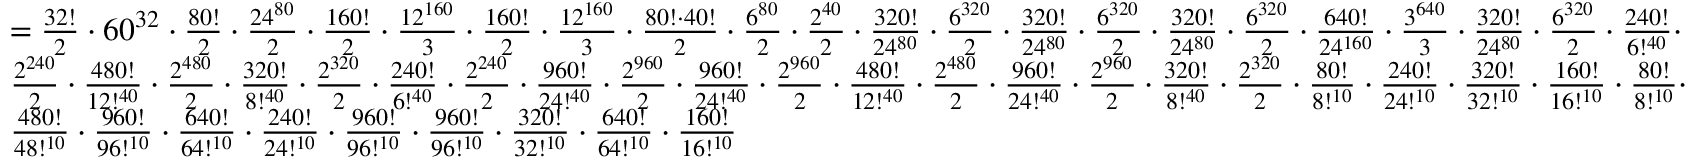
{ \begin{array} { l } { = { \frac { 3 2 ! } { 2 } } \cdot 6 0 ^ { 3 2 } \cdot { \frac { 8 0 ! } { 2 } } \cdot { \frac { 2 4 ^ { 8 0 } } { 2 } } \cdot { \frac { 1 6 0 ! } { 2 } } \cdot { \frac { 1 2 ^ { 1 6 0 } } { 3 } } \cdot { \frac { 1 6 0 ! } { 2 } } \cdot { \frac { 1 2 ^ { 1 6 0 } } { 3 } } \cdot { \frac { 8 0 ! \cdot 4 0 ! } { 2 } } \cdot { \frac { 6 ^ { 8 0 } } { 2 } } \cdot { \frac { 2 ^ { 4 0 } } { 2 } } \cdot { \frac { 3 2 0 ! } { 2 4 ^ { 8 0 } } } \cdot { \frac { 6 ^ { 3 2 0 } } { 2 } } \cdot { \frac { 3 2 0 ! } { 2 4 ^ { 8 0 } } } \cdot { \frac { 6 ^ { 3 2 0 } } { 2 } } \cdot { \frac { 3 2 0 ! } { 2 4 ^ { 8 0 } } } \cdot { \frac { 6 ^ { 3 2 0 } } { 2 } } \cdot { \frac { 6 4 0 ! } { 2 4 ^ { 1 6 0 } } } \cdot { \frac { 3 ^ { 6 4 0 } } { 3 } } \cdot { \frac { 3 2 0 ! } { 2 4 ^ { 8 0 } } } \cdot { \frac { 6 ^ { 3 2 0 } } { 2 } } \cdot { \frac { 2 4 0 ! } { 6 ! ^ { 4 0 } } } \cdot } \\ { { \frac { 2 ^ { 2 4 0 } } { 2 } } \cdot { \frac { 4 8 0 ! } { 1 2 ! ^ { 4 0 } } } \cdot { \frac { 2 ^ { 4 8 0 } } { 2 } } \cdot { \frac { 3 2 0 ! } { 8 ! ^ { 4 0 } } } \cdot { \frac { 2 ^ { 3 2 0 } } { 2 } } \cdot { \frac { 2 4 0 ! } { 6 ! ^ { 4 0 } } } \cdot { \frac { 2 ^ { 2 4 0 } } { 2 } } \cdot { \frac { 9 6 0 ! } { 2 4 ! ^ { 4 0 } } } \cdot { \frac { 2 ^ { 9 6 0 } } { 2 } } \cdot { \frac { 9 6 0 ! } { 2 4 ! ^ { 4 0 } } } \cdot { \frac { 2 ^ { 9 6 0 } } { 2 } } \cdot { \frac { 4 8 0 ! } { 1 2 ! ^ { 4 0 } } } \cdot { \frac { 2 ^ { 4 8 0 } } { 2 } } \cdot { \frac { 9 6 0 ! } { 2 4 ! ^ { 4 0 } } } \cdot { \frac { 2 ^ { 9 6 0 } } { 2 } } \cdot { \frac { 3 2 0 ! } { 8 ! ^ { 4 0 } } } \cdot { \frac { 2 ^ { 3 2 0 } } { 2 } } \cdot { \frac { 8 0 ! } { 8 ! ^ { 1 0 } } } \cdot { \frac { 2 4 0 ! } { 2 4 ! ^ { 1 0 } } } \cdot { \frac { 3 2 0 ! } { 3 2 ! ^ { 1 0 } } } \cdot { \frac { 1 6 0 ! } { 1 6 ! ^ { 1 0 } } } \cdot { \frac { 8 0 ! } { 8 ! ^ { 1 0 } } } \cdot } \\ { { \frac { 4 8 0 ! } { 4 8 ! ^ { 1 0 } } } \cdot { \frac { 9 6 0 ! } { 9 6 ! ^ { 1 0 } } } \cdot { \frac { 6 4 0 ! } { 6 4 ! ^ { 1 0 } } } \cdot { \frac { 2 4 0 ! } { 2 4 ! ^ { 1 0 } } } \cdot { \frac { 9 6 0 ! } { 9 6 ! ^ { 1 0 } } } \cdot { \frac { 9 6 0 ! } { 9 6 ! ^ { 1 0 } } } \cdot { \frac { 3 2 0 ! } { 3 2 ! ^ { 1 0 } } } \cdot { \frac { 6 4 0 ! } { 6 4 ! ^ { 1 0 } } } \cdot { \frac { 1 6 0 ! } { 1 6 ! ^ { 1 0 } } } } \end{array} }